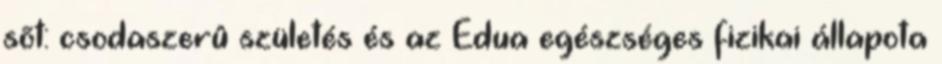
sõt: csodaszerû születés és az Edua egészséges fizikai állapota